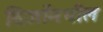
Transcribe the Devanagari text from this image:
दिजाँमधील